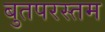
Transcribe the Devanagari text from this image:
बुतपरस्तम